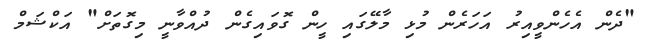
"ދެން އެހެންވީއިރު އަހަރެން މުޅި މާލޭގައި ހީން ގޮވައިގެން ދުއްވާނީ މިގޮތަށް" އަކްޝަމް